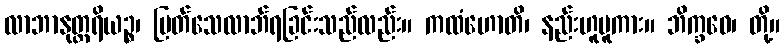
လာဘာနုတ္တရိယဉ္စ၊ မြတ်သေလာဘ်ရခြင်းသည်လည်း။ ကထံဟောတိ၊ နည်းဟူမူကား။ ဘိက္ခဝေ၊ တို့။